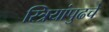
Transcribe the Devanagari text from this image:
स्त्रियांपुढचे